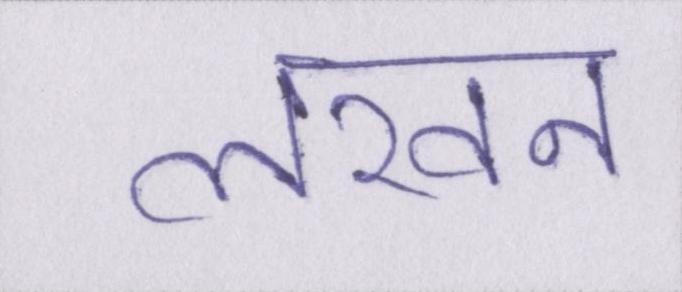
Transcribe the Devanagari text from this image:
लखन